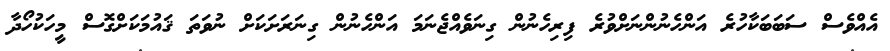
އެއްވެސް ސަބަބަކާހުރެ އަންހެނުންނަށްވުރެ ފިރިހެނުން ގިނަވެއްޖެނަމަ އަންހެނުން ގިނަރަށަކަށް ނުވަތަ ޤައުމަކަށްގޮސް މީހަކުހޯދާ